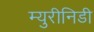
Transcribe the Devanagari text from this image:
म्युरीनिडी